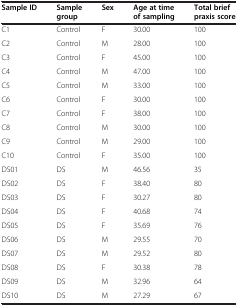
<table><thead><tr><td><b>Sample ID</b></td><td><b>Sample group</b></td><td><b>Sex</b></td><td><b>Age at time of sampling</b></td><td><b>Total brief praxis score</b></td></tr></thead><tbody><tr><td>C1</td><td>Control</td><td>F</td><td>30.00</td><td>100</td></tr><tr><td>C2</td><td>Control</td><td>M</td><td>28.00</td><td>100</td></tr><tr><td>C3</td><td>Control</td><td>F</td><td>45.00</td><td>100</td></tr><tr><td>C4</td><td>Control</td><td>M</td><td>47.00</td><td>100</td></tr><tr><td>C5</td><td>Control</td><td>M</td><td>33.00</td><td>100</td></tr><tr><td>C6</td><td>Control</td><td>F</td><td>30.00</td><td>100</td></tr><tr><td>C7</td><td>Control</td><td>F</td><td>38.00</td><td>100</td></tr><tr><td>C8</td><td>Control</td><td>M</td><td>30.00</td><td>100</td></tr><tr><td>C9</td><td>Control</td><td>M</td><td>29.00</td><td>100</td></tr><tr><td>C10</td><td>Control</td><td>F</td><td>35.00</td><td>100</td></tr><tr><td>DS01</td><td>DS</td><td>M</td><td>46.56</td><td>35</td></tr><tr><td>DS02</td><td>DS</td><td>F</td><td>38.40</td><td>80</td></tr><tr><td>DS03</td><td>DS</td><td>F</td><td>30.27</td><td>80</td></tr><tr><td>DS04</td><td>DS</td><td>F</td><td>40.68</td><td>74</td></tr><tr><td>DS05</td><td>DS</td><td>F</td><td>35.69</td><td>76</td></tr><tr><td>DS06</td><td>DS</td><td>M</td><td>29.55</td><td>70</td></tr><tr><td>DS07</td><td>DS</td><td>M</td><td>29.52</td><td>80</td></tr><tr><td>DS08</td><td>DS</td><td>F</td><td>30.38</td><td>78</td></tr><tr><td>DS09</td><td>DS</td><td>M</td><td>32.96</td><td>64</td></tr><tr><td>DS10</td><td>DS</td><td>M</td><td>27.29</td><td>67</td></tr></tbody></table>